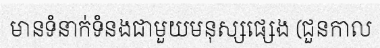
មានទំនាក់ទំនងជាមួយមនុស្សផ្សេង (ជួនកាល